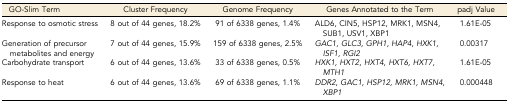
<table><thead><tr><td><b>GO-Slim Term</b></td><td><b>Cluster Frequency</b></td><td><b>Genome Frequency</b></td><td><b>Genes Annotated to the Term</b></td><td><b>padj Value</b></td></tr></thead><tbody><tr><td>Response to osmotic stress</td><td>8 out of 44 genes, 18.2%</td><td>91 of 6338 genes, 1.4%</td><td>ALD6, CIN5, HSP12, MRK1, MSN4, SUB1, USV1, XBP1</td><td>1.61E-05</td></tr><tr><td>Generation of precursor metabolites and energy</td><td>7 out of 44 genes, 15.9%</td><td>159 of 6338 genes, 2.5%</td><td><i>GAC1, GLC3, GPH1, HAP4, HXK1, ISF1, RGI2</i></td><td>0.00317</td></tr><tr><td>Carbohydrate transport</td><td>6 out of 44 genes, 13.6%</td><td>33 of 6338 genes, 0.5%</td><td><i>HXK1, HXT2, HXT4, HXT6, HXT7, MTH1</i></td><td>1.61E-05</td></tr><tr><td>Response to heat</td><td>6 out of 44 genes, 13.6%</td><td>69 of 6338 genes, 1.1%</td><td><i>DDR2, GAC1, HSP12, MRK1, MSN4, XBP1</i></td><td>0.000448</td></tr></tbody></table>